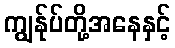
ကျွန်ုပ်တို့အနေနှင့်